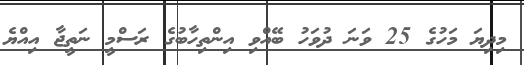
މިދިޔަ މަހުގެ 25 ވަނަ ދުވަހު ބޭއްވި އިންތިހާބުގެ ރަސްމީ ނަތީޖާ އިއްޔެ